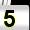
Digit: 5